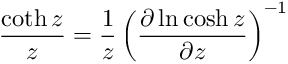
\frac { \coth z } { z } = \frac { 1 } { z } \left( \frac { \partial \ln \cosh z } { \partial z } \right) ^ { - 1 }